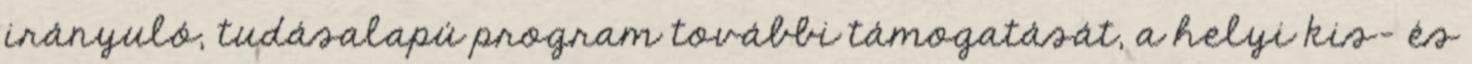
irányuló, tudásalapú program további támogatását, a helyi kis- és